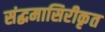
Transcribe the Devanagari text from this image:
संद्धमासिरीकृत